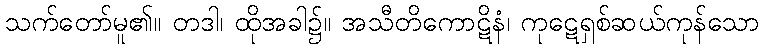
သက်တော်မူ၏။ တဒါ၊ ထိုအခါ၌။ အသီတိကောဋိနံ၊ ကုဋေရှစ်ဆယ်ကုန်သော